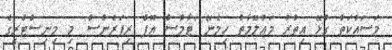
މަސައްކަތާ ގުޅޭ އިތުރު މަޢުލޫމާތު ހިމެނޭ 'ޓާމްސް އޮފް ރިފަރެންސް' މި މިނިސްޓްރީގެ